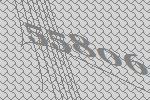
55806